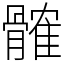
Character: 髉